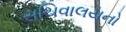
સચિવાલયનો